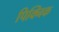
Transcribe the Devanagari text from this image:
पिक्निक